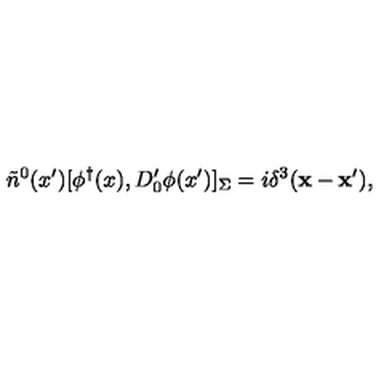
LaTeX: \tilde { n } ^ { 0 } ( x ^ { \prime } ) [ \phi ^ { \dagger } ( x ) , D _ { 0 } ^ { \prime } \phi ( x ^ { \prime } ) ] _ { \Sigma } = i \delta ^ { 3 } ( { \bf x } - { \bf x } ^ { \prime } ) ,